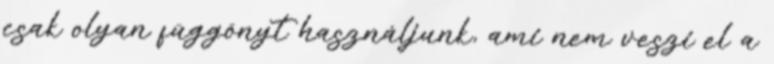
csak olyan függönyt használjunk, ami nem veszi el a